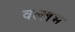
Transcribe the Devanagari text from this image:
वल्ल्लभ